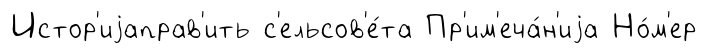
Истор'иjаправ'ить с'ельсов'е́та Пр'им'еча́н'иjа Но́м'ер